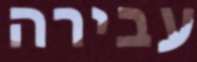
עבירה